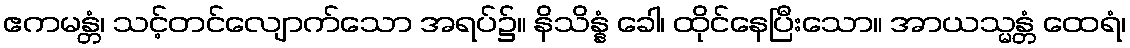
ဧကမန္တံ၊ သင့်တင်လျောက်သော အရပ်၌။ နိသိန္နံ ခေါ၊ ထိုင်နေပြီးသော။ အာယသ္မန္တံ ထေရံ၊